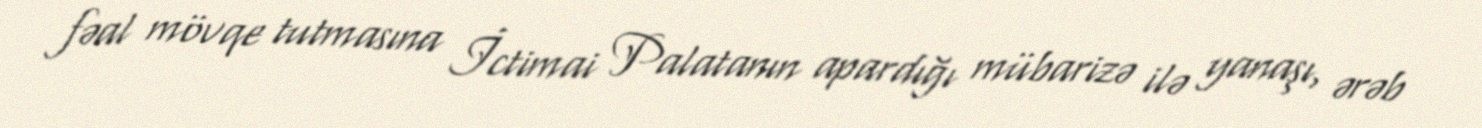
fəal mövqe tutmasına İctimai Palatanın apardığı mübarizə ilə yanaşı, ərəb